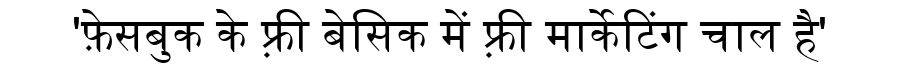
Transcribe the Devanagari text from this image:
'फ़ेसबुक के फ़्री बेसिक में फ़्री मार्केटिंग चाल है'